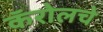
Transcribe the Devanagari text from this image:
कॅरोलचे